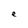
Character: e